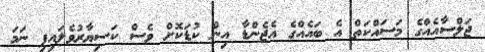
ޖަލްސާއެއްގެ މަސައްކަތް އެ ބައެއްގެ އެޖެންޑާ އިން ކުޑަކޮށް ވެސް ކަސިޔާރުވެލައިފި ނަމަ